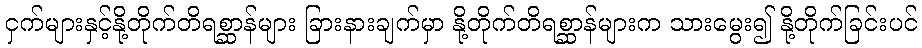
ငှက်များနှင့်နို့တိုက်တိရစ္ဆာန်များ ခြားနားချက်မှာ နို့တိုက်တိရစ္ဆာန်များက သားမွေး၍ နို့တိုက်ခြင်းပင်